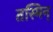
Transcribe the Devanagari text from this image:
तस्मिन्‌